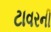
ટાવરની